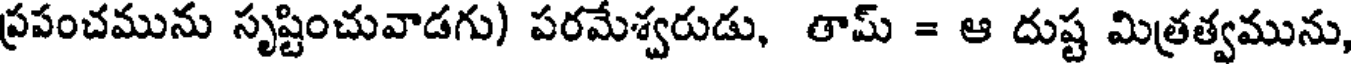
ప్రపంచమును సృష్టించువాడగు) పరమేశ్వరుడు, తామ్ = ఆ దుష్ట మిత్రత్వమును,